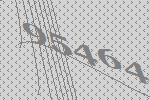
95464